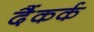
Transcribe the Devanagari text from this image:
दैंकर्क